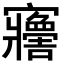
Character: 𡬋